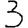
Digit: 3